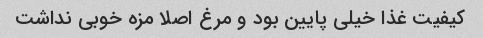
کیفیت غذا خیلی پایین بود و مرغ اصلا مزه خوبی نداشت